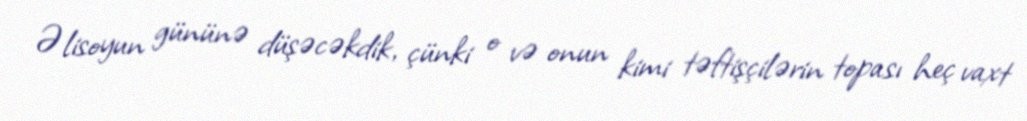
Əlisoyun gününə düşəcəkdik, çünki o və onun kimi təftişçilərin topası heç vaxt